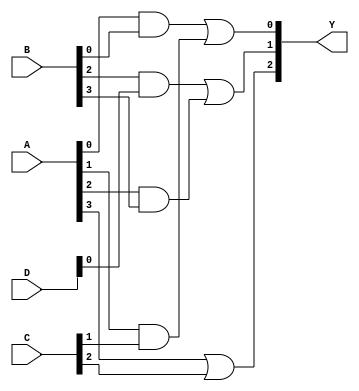
module masked_pal (
    input [3:0] A,   // Inputs: A0, A1, A2, A3
    input [3:0] B,   // Inputs: B0, B1, B2, B3
    input [3:0] C,   // Inputs: C0, C1, C2, C3
    input [3:0] D,   // Inputs: D0, D1, D2, D3
    output [2:0] Y   // Outputs: Y0, Y1, Y2
);

// Programmable AND array: Each AND gate can be programmed
wire and_out0, and_out1, and_out2, and_out3, and_out4;

// Example AND gate logic (Programmable connections)
assign and_out0 = A[0] & B[0]; // AND gate 0
assign and_out1 = A[1] & C[1]; // AND gate 1
assign and_out2 = B[2] & D[0]; // AND gate 2
assign and_out3 = A[2] & B[3]; // AND gate 3
assign and_out4 = A[3] | C[2];  // AND gate 4 (Example with OR for diversity)

// Fixed OR array: Combines outputs of the AND gates
assign Y[0] = and_out0 | and_out1; // Output Y0
assign Y[1] = and_out2 | and_out3; // Output Y1
assign Y[2] = and_out4;            // Output Y2

endmodule